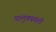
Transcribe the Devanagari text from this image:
चालुक्यवंशी